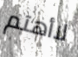
لاأهتم